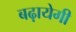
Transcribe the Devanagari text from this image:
बढ़ायेगी